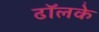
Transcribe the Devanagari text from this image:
ढॉलके